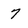
Character: 7